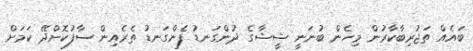
ބައެއް ތަޖުރިބާކާރުން މިހެން ބުނަނީ ޝީޝާގެ ދުންގަނޑު ފެންގަނޑު ތެރެއިން ސާފުކޮށްދޭ ކަމަށް